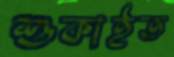
শুকাইত